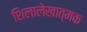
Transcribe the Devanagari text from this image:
शिलालेखात्‍मक